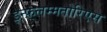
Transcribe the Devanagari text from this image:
इन्फ़्लम्मतोरिएस